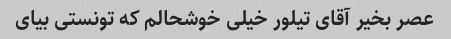
عصر بخیر آقای تیلور خیلی خوشحالم که تونستی بیای